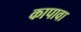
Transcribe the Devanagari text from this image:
कापावा